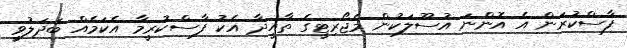
ފާސްކުރަން އެ އޮންނަ އުސޫލަކުން މެޖޯރިޓީގެ ތާއީދާ އެކު ފާސްކުރީމާ އެކަމެއް ބަދަލުވީ